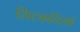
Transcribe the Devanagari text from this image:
सिटकनियां